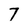
Character: 7